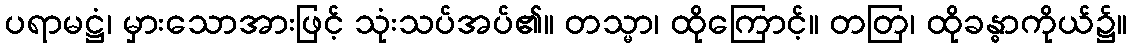
ပရာမဋ္ဌံ၊ မှားသောအားဖြင့် သုံးသပ်အပ်၏။ တသ္မာ၊ ထိုကြောင့်။ တတြ၊ ထိုခန္ဓာကိုယ်၌။